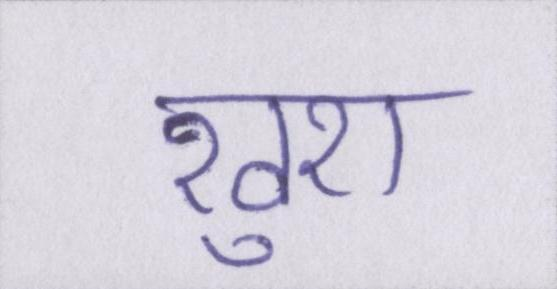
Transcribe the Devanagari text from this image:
खुश